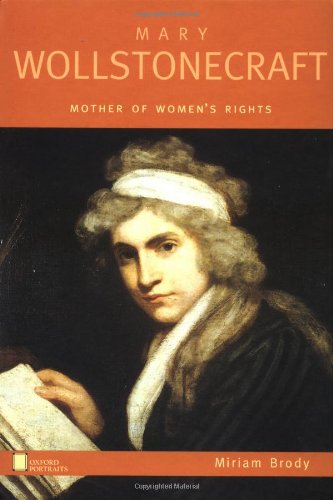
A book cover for Mary Wollstonecraft: Mother of Women's Rights (Oxford Portraits); Miriam Brody; Teen & Young Adult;